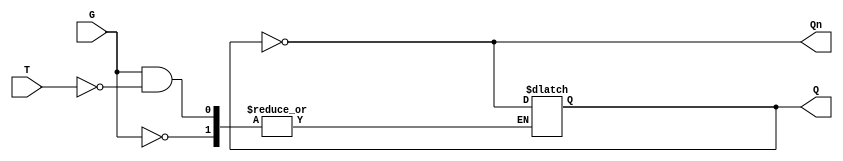
module Gated_T_Latch (
    input wire T,      // Toggle input
    input wire G,      // Gate signal
    output reg Q,      // Output
    output wire Qn     // Complement of Q
);

// Complement of Q
assign Qn = ~Q;

// Always block to implement the behavior of the Gated T Latch
always @(*) begin
    if (G == 0) begin
        // Hold state when G is low
        Q <= Q; // No change
    end else begin
        // G is high, check T
        if (T == 1) begin
            // Toggle state when T is high
            Q <= ~Q;
        end else begin
            // Hold state when T is low
            Q <= Q; // No change
        end
    end
end

endmodule